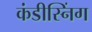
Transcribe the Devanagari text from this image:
कंडीस्निंग